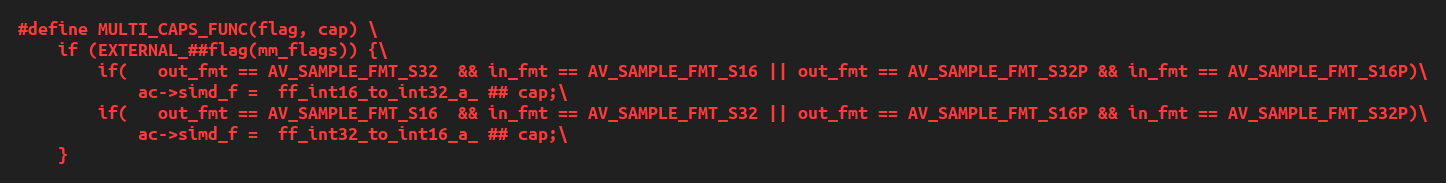
Language: C
#define MULTI_CAPS_FUNC(flag, cap) \
    if (EXTERNAL_##flag(mm_flags)) {\
        if(   out_fmt == AV_SAMPLE_FMT_S32  && in_fmt == AV_SAMPLE_FMT_S16 || out_fmt == AV_SAMPLE_FMT_S32P && in_fmt == AV_SAMPLE_FMT_S16P)\
            ac->simd_f =  ff_int16_to_int32_a_ ## cap;\
        if(   out_fmt == AV_SAMPLE_FMT_S16  && in_fmt == AV_SAMPLE_FMT_S32 || out_fmt == AV_SAMPLE_FMT_S16P && in_fmt == AV_SAMPLE_FMT_S32P)\
            ac->simd_f =  ff_int32_to_int16_a_ ## cap;\
    }